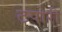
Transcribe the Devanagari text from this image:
टपोरी